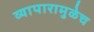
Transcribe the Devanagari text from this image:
व्यापारामुळेच